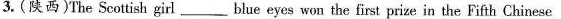
3.(陕西)The Scottish girl ___ blue eyes won the first prize in the Fifth Chinese